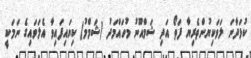
ކުޅަދާނަ ލަވަކިޔުންތެރިޔާ ފަތޯ އަދި ޝަމްއޫނު މުހައްމަދު (ޝަމްމު) ކިޔައިފައިވާ އެލަވައިގެ ނަމަކީ